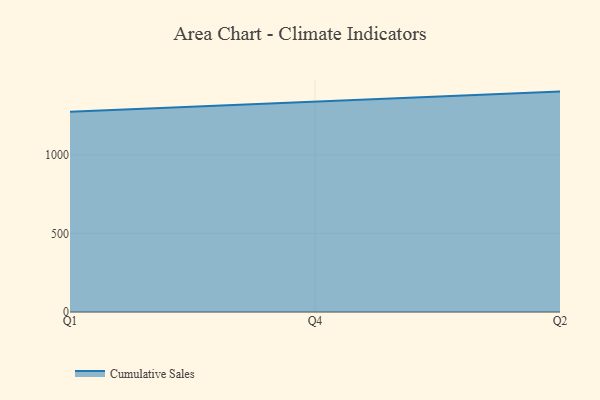
{"axis": {"x": "Quarter", "y": "Bounce Rate (%)"}, "legend": ["Cumulative Sales"], "data": [{"x": "Q1", "y": 1274.1, "type": "Cumulative Sales"}, {"x": "Q4", "y": 1340.4, "type": "Cumulative Sales"}, {"x": "Q2", "y": 1402.4, "type": "Cumulative Sales"}]}